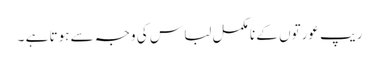
ریپ عورتوں کے نا مکمل لبا س کی وجہ سے ہوتا ہے ۔